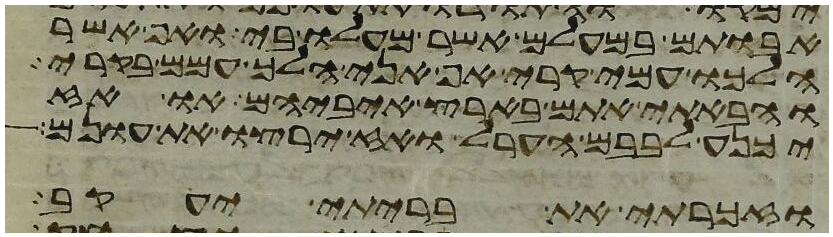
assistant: אבותם במעלם אשר מעלו בי ואף אשר
הלכו עמי בקרי אף אני הלך עמם בקרי
והבאתי אתם בארץ איביהם או אז
יכנע לבבם הערל ואז ירצו את עונם
וזכרתי את בריתי יעקב